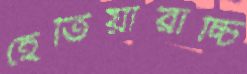
হেতিয়ারাচ্চি